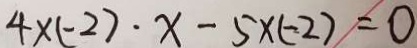
4 \times ( - 2 ) \cdot x - 5 \times ( - 2 ) = 0